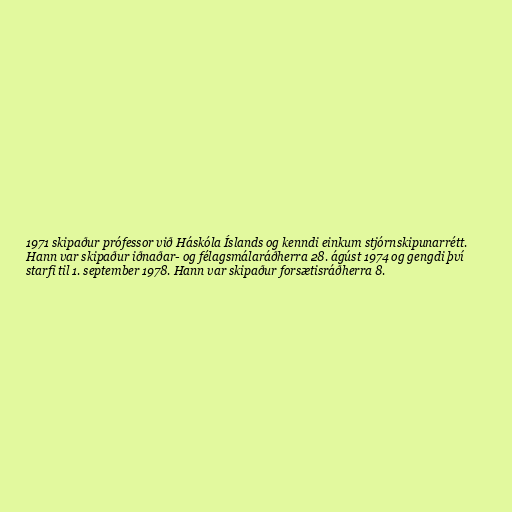
1971 skipaður prófessor við Háskóla Íslands og kenndi einkum stjórnskipunarrétt.
Hann var skipaður iðnaðar- og félagsmálaráðherra 28. ágúst 1974 og gengdi því
starfi til 1. september 1978. Hann var skipaður forsætisráðherra 8.